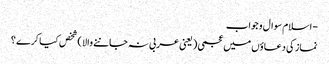
- اسلام سوال و جواب
نماز کی دعاؤں میں عجمی ( یعنی عربی نہ جاننے والا ) شخص کیا کرے ؟